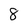
Character: 8